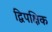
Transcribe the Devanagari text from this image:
द्विपक्षिक